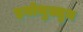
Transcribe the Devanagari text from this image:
इनोचुल्लुम